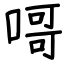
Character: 𠹭